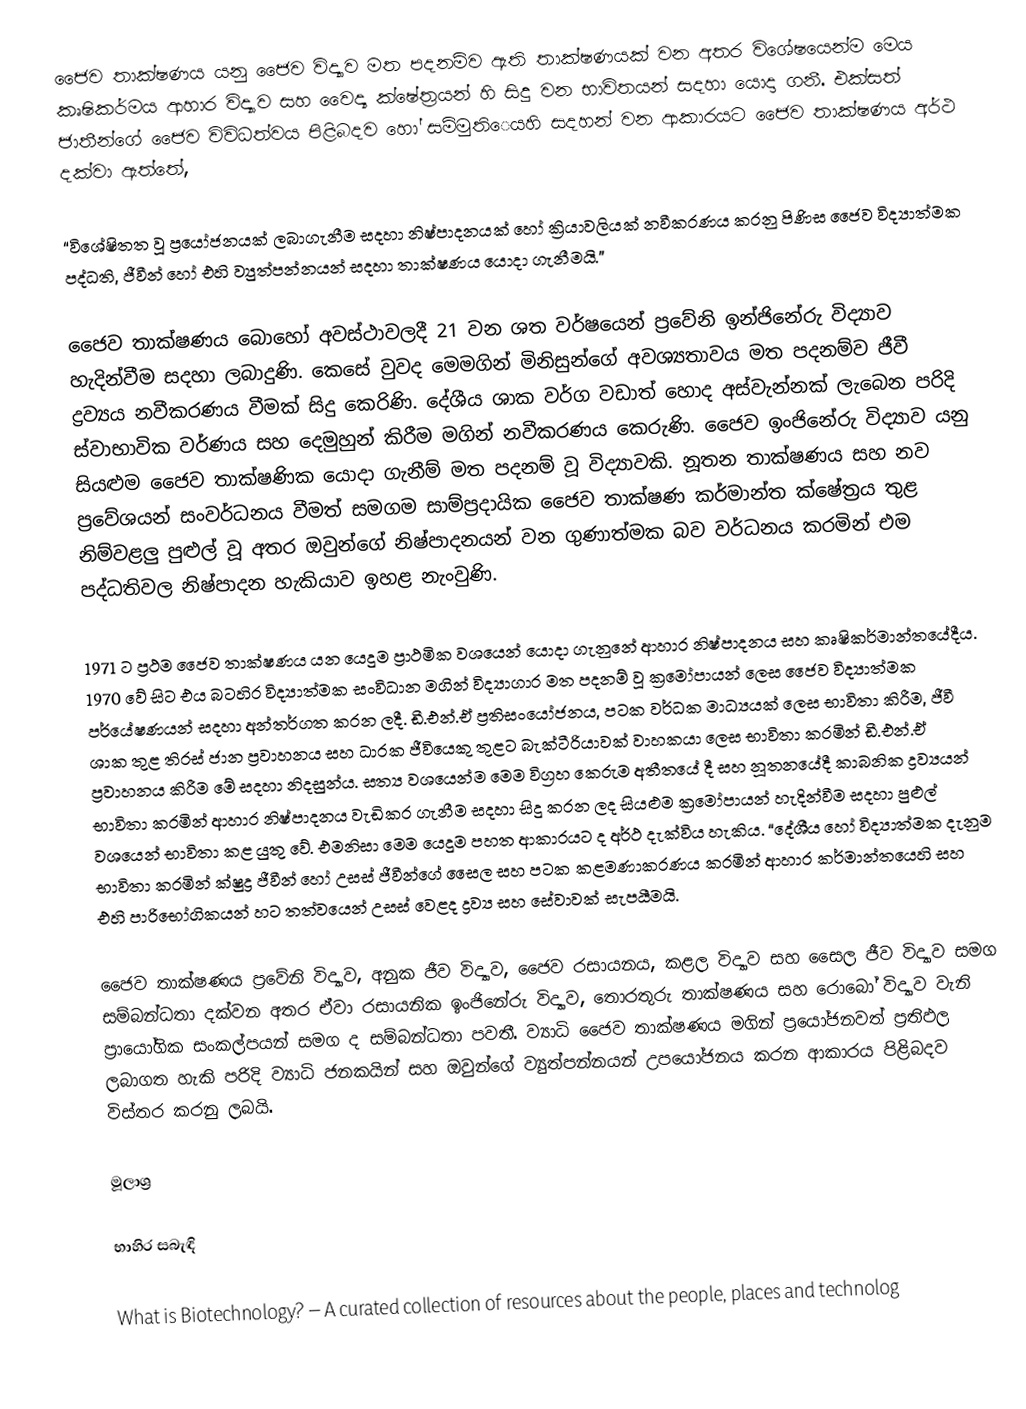
ජෛව තාක්ෂණය යනු ජෛව විද්‍යාව මත පදනම්ව ඇති තාක්ෂණයක් වන අතර විශේෂයෙන්ම මෙය කෘෂිකර්මය ආහාර විද්‍යාව සහ වෛද්‍ය ක්ෂේත්‍රයන් හි සිදු වන භාවිතයන් සදහා යොදා ගනී. එක්සත් ජාතීන්ගේ ජෛව විවිධත්වය පිළිබදව හෝ සම්මුති‍ෙයහි සදහන් වන ආකාරයට ජෛව තාක්ෂණය අර්ථ දක්වා ඇත්තේ,

“විශේෂිතත වූ ප්‍රයෝජනයක් ලබාගැනීම සදහා නිෂ්පාදනයක් හෝ ක්‍රියාවලියක් නවීකරණය කරනු පිණිස ජෛව විද්‍යාත්මක පද්ධති, ජීවීන් හෝ එහි ව්‍යුත්පන්නයන් සදහා තාක්ෂණය යොදා ගැනීමයි.”

ජෛව තාක්ෂණය බොහෝ අවස්ථාවලදී 21 වන ශත වර්ෂයෙන් ප්‍රවේනි ඉන්ජිනේරු විද්‍යාව හැදින්වීම සදහා ලබාදුණි. කෙසේ වුවද මෙමගින් මිනිසුන්ගේ අවශ්‍යතාවය මත පදනම්ව ජීවී ද්‍රව්‍යය නවීකරණය වීමක් සිදු කෙරිණි. දේශීය ශාක වර්ග වඩාත් හොද අස්වැන්නක් ලැබෙන පරිදි ස්වාභාවික වර්ණය සහ දෙමුහුන් කිරීම මගින් නවීකරණය කෙරුණි. ජෛව ඉංජිනේරු විද්‍යාව යනු සියළුම ජෛව තාක්ෂණික යොදා ගැනීම් මත පදනම් වූ විද්‍යාවකි. නූතන තාක්ෂණය සහ නව ප්‍රවේශයන් සංවර්ධනය වීමත් සමගම සාම්ප්‍රදායික ජෛව තාක්ෂණ කර්මාන්ත ක්ෂේත්‍රය තුළ නිම්වළලු පුළුල් වූ අතර ඔවුන්ගේ නිෂ්පාදනයන් වන ගුණාත්මක බව වර්ධනය කරමින් එම පද්ධතිවල නිෂ්පාදන හැකියාව ඉහළ නැංවුණි.

1971 ට ප්‍රථම ජෛව තාක්ෂණය යන යෙදුම ප්‍රාථමික වශයෙන් යොදා ගැනුනේ ආහාර නිෂ්පාදනය සහ කෘෂිකර්මාන්තයේදීය. 1970 වේ සිට එය බටහිර විද්‍යාත්මක සංවිධාන මගින් විද්‍යාගාර මත පදනම් වූ ක්‍රමෝපායන් ලෙස ජෛව විද්‍යාත්මක පර්යේෂණයන් සදහා අන්තර්ගත කරන ලදී. ඩී.එන්.ඒ ප්‍රතිසංයෝජනය, පටක වර්ධක මාධ්‍යයක් ලෙස භාවිතා කිරීම, ජීවී ශාක තුළ තිරස් ජාන ප්‍රවාහනය සහ ධාරක ජීවියෙකු තුළට බැක්ටීරියාවක් වාහකයා ලෙස භාවිතා කරමින් ඩී.එන්.ඒ ප්‍රවාහනය කිරීම මේ සදහා නිදසුන්ය. සත්‍ය වශයෙන්ම මෙම විග්‍රහ කෙරුම අතීතයේ දී සහ නූතනයේදී කාබනික ද්‍රව්‍යයන් භාවිතා කරමින් ආහාර නිෂ්පාදනය වැඩිකර ගැනීම සදහා සිදු කරන ලද සියළුම ක්‍රමෝපායන් හැදින්වීම සදහා පුළුල් වශයෙන් භාවිතා කළ යුතු වේ. එමනිසා මෙම යෙදුම පහත ආකාරයට ද අර්ථ දැක්විය හැකිය. “දේශීය හෝ විද්‍යාත්මක දැනුම භාවිතා කරමින් ක්ෂුද්‍ර ජීවීන් හෝ උසස් ජීවීන්ගේ සෛල සහ පටක කළමණාකරණය කරමින් ආහාර කර්මාන්තයෙහි සහ එහි පාරිභෝගිකයන් හට තත්වයෙන් උසස් වෙළද ද්‍රව්‍ය සහ සේවාවක් සැපයීමයි.

ජෛව තාක්ෂණය ප්‍රවේනි විද්‍යාව, අනුක ජීව විද්‍යාව, ජෛව රසායනය, කළල විද්‍යාව සහ සෛල ජීව විද්‍යාව සමග සම්බන්ධතා දක්වන අතර ඒවා රසායනික ඉංජිනේරු විද්‍යාව, තොරතුරු තාක්ෂණය සහ රොබෝ විද්‍යාව වැනි ප්‍රායෝගික සංකල්පයන් සමග ද සම්බන්ධතා පවතී. ව්‍යාධි ජෛව තාක්ෂණය මගින් ප්‍රයෝජනවත් ප්‍රතිඵල ලබාගත හැකි පරිදි ව්‍යාධි ජනකයින් සහ ඔවුන්ගේ ව්‍යුත්පන්නයන් උපයෝජනය කරන ආකාරය පිළිබදව විස්තර කරනු ලබයි.

මූලාශ්‍ර

භාහිර සබැඳි

 What is Biotechnology? – A curated collection of resources about the people, places and technolog